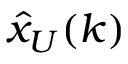
{ \hat { x } } _ { U } ( k )